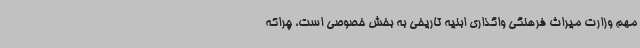
مهم وزارت میراث فرهنگی واگذاری ابنیه تاریخی به بخش خصوصی است، چراکه